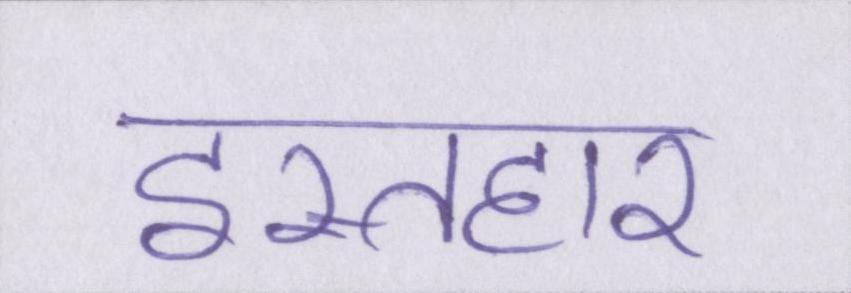
इस्तहार